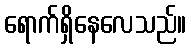
ရောက်ရှိနေလေသည်။